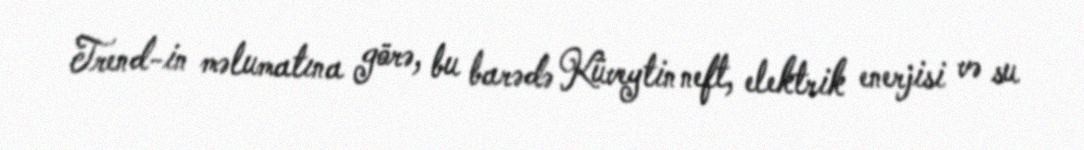
Trend-in məlumatına görə, bu barədə Küveytin neft, elektrik enerjisi və su